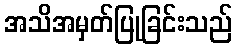
အသိအမှတ်ပြုခြင်းသည်